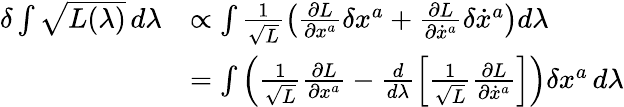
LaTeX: \begin{array}{rl}{\delta\int\sqrt{L(\lambda)}\, d\lambda}&{\propto\int\frac{1}{\sqrt{L}}\left(\frac{\partial L}{\partial x^{a}}\delta x^{a}+\frac{\partial L}{\partial\dot{x}^{a}}\delta\dot{x}^{a}\right)d\lambda}\\ &{=\int\left(\frac{1}{\sqrt{L}}\frac{\partial L}{\partial x^{a}}-\frac{d}{d\lambda}\left[\frac{1}{\sqrt{L}}\frac{\partial L}{\partial\dot{x}^{a}}\right]\right)\delta x^{a}\, d\lambda}\end{array}